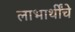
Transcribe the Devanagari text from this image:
लाभार्थींचे